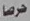
حرصا